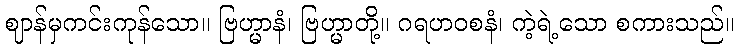
ဈာန်မှကင်းကုန်သော။ ဗြဟ္မာနံ၊ ဗြဟ္မာတို့။ ဂရဟဝစနံ၊ ကဲ့ရဲ့သော စကားသည်။